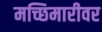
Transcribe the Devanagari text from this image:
मच्छिमारीवर